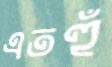
এতহুঁ